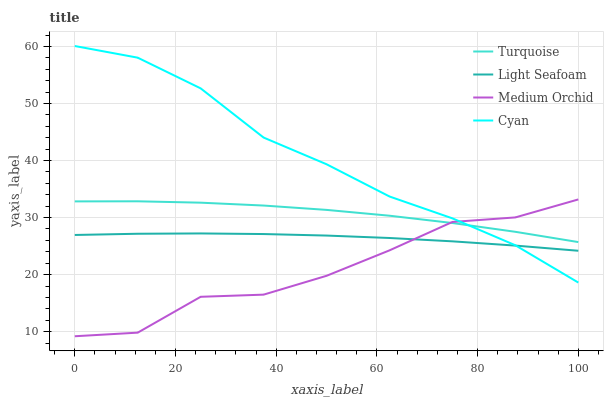
| xaxis_label | Turquoise | Light Seafoam | Medium Orchid | Cyan |
 | --- | --- | --- | --- | --- |
 | 0 | 32.8 | 27 | 9.2 | 60.1 |
 | 12.5 | 32.9 | 27.2 | 9.83 | 58 |
 | 25 | 32.6 | 27.2 | 16.1 | 52.6 |
 | 37.5 | 32.1 | 27.1 | 16.5 | 44 |
 | 50 | 31.3 | 26.8 | 19.8 | 39.3 |
 | 62.5 | 30.3 | 26.4 | 24.3 | 33.7 |
 | 75 | 29 | 25.8 | 29.2 | 29.9 |
 | 87.5 | 27.5 | 25.1 | 30 | 25.1 |
 | 100 | 25.7 | 24.2 | 33.2 | 18.6 |